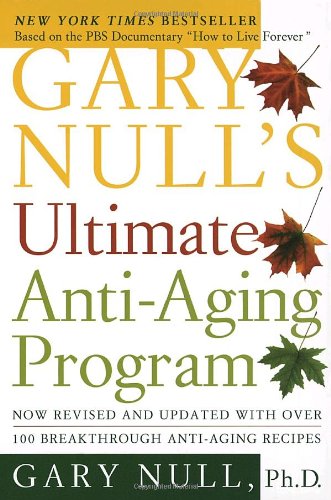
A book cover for Gary Null's Ultimate Anti-Aging Program; Gary Null Ph.D.; Health, Fitness & Dieting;